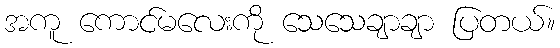
အကူ ကောင်မလေးကို သေသေချာချာ ပြတယ်။